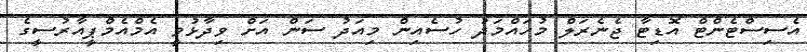
އެސިސްޓެންޓް އޮޑިޓާ ޖެނެރަލް މުހައްމަދު ހުސެއިން މިއަދު ސަން އަށް ވިދާޅުވީ އެމްއެމްޕީއާރުސީގެ